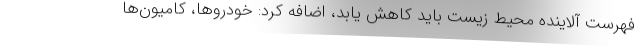
فهرست آلاینده محیط زیست باید کاهش یابد، اضافه کرد: خودروها، کامیون‌ها